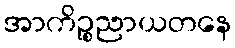
အာကိဉ္စညာယတနေ